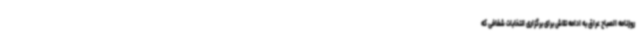
روزنامه الصباح عراق به ادامه تلاش برای برگزاری انتخابات شفافی که